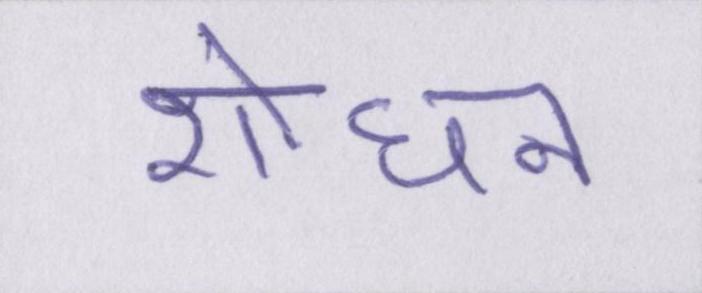
शोधन